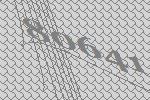
80641